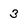
Character: 3